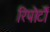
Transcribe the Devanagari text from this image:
रिपोर्टाें